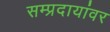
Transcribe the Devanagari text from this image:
सम्प्रदायांवर